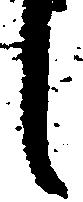
し